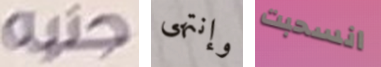
جنيه وإنتهى انسحبت